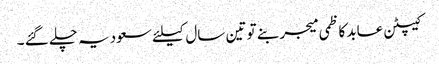
کیپٹن عابد کاظمی میجر بنے تو تین سال کیلئے سعودیہ چلے گئے ۔